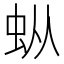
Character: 𰲯